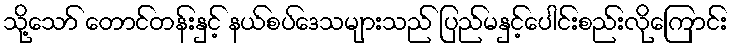
သို့သော် တောင်တန်းနှင့် နယ်စပ်ဒေသများသည် ပြည်မနှင့်ပေါင်းစည်းလိုကြောင်း